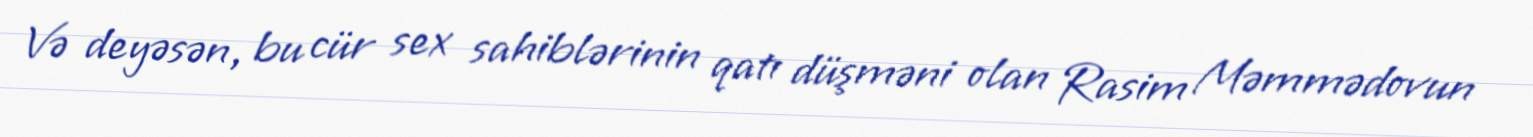
Və deyəsən, bu cür sex sahiblərinin qatı düşməni olan Rasim Məmmədovun